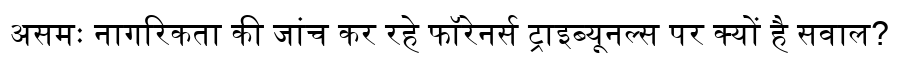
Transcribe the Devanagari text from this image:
असमः नागरिकता की जांच कर रहे फॉरेनर्स ट्राइब्यूनल्स पर क्यों है सवाल?